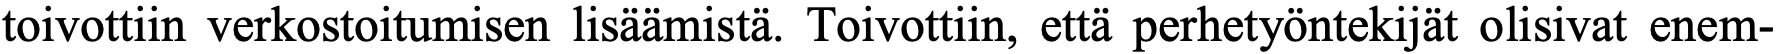
toivottiin verkostoitumisen lisäämistä. Toivottiin, että perhetyöntekijät olisivat enem-